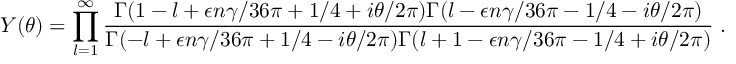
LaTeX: Y ( \theta ) = \prod _ { l = 1 } ^ { \infty } \frac { \textstyle \Gamma ( 1 - l + \epsilon n \gamma / 3 6 \pi + 1 / 4 + i \theta / 2 \pi ) \Gamma ( l - \epsilon n \gamma / 3 6 \pi - 1 / 4 - i \theta / 2 \pi ) } { \textstyle \Gamma ( - l + \epsilon n \gamma / 3 6 \pi + 1 / 4 - i \theta / 2 \pi ) \Gamma ( l + 1 - \epsilon n \gamma / 3 6 \pi - 1 / 4 + i \theta / 2 \pi ) } \; .